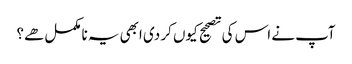
آپ نے اس کی تصحیح کیوں کر دی ابھی یہ نامکمل هے؟